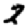
Digit: 2